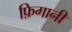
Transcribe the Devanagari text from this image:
फ़िगानी